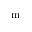
\mathrm { m }